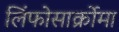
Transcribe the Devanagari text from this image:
लिंफोसार्क्रोमा